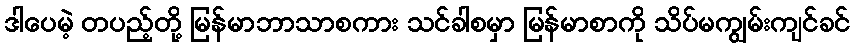
ဒါပေမဲ့ တပည့်တို့ မြန်မာဘာသာစကား သင်ခါစမှာ မြန်မာစာကို သိပ်မကျွမ်းကျင်ခင်